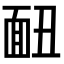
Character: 𩈇